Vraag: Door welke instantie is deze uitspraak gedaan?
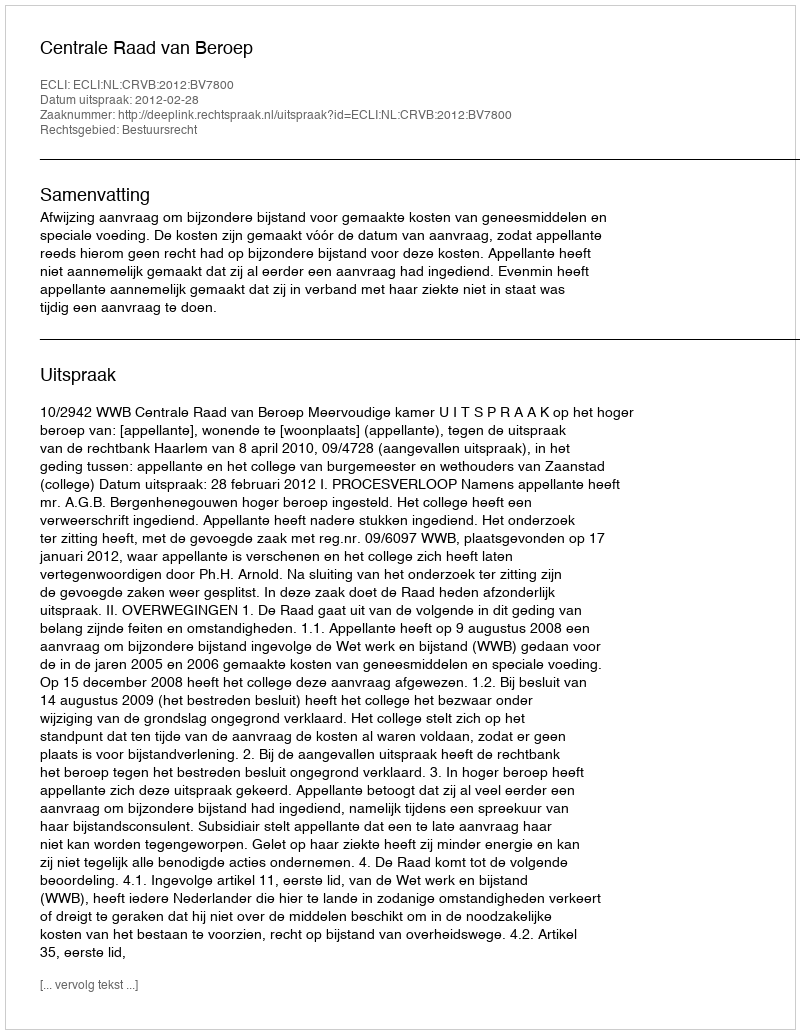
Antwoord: Centrale Raad van Beroep